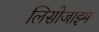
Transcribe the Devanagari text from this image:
लिसोजाइम